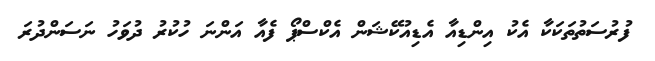
ފުރުސަތުތަކަކާ އެކު އިންޑިއާ އެޑިއުކޭޝަން އެކްސްޕޯ ފެއާ އަންނަ ހުކުރު ދުވަހު ނަސަންދުރަ